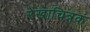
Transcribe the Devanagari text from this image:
रेखाचित्रक